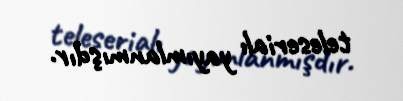
teleserialı yayımlanmışdır.